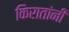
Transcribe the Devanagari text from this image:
किरातांनी